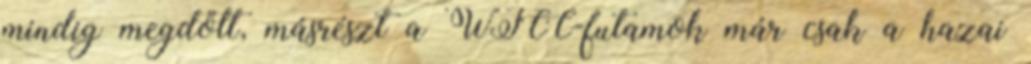
mindig megdőlt, másrészt a WTCC-futamok már csak a hazai